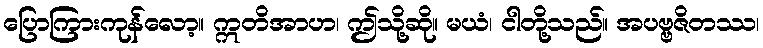
ပြောကြားကုန်လော့။ ဣတိအာဟ၊ ဤသို့ဆို။ မယံ၊ ငါတို့သည်။ အပဗ္ဗဇိတဿ၊